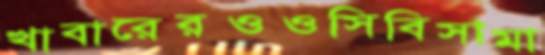
খাবারেরওওসিবিসামা